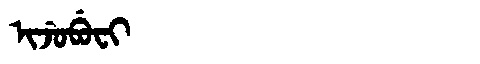
Manchu: ᡳᠵᡠᠪᡠᠸᡳ
Romanization: IJUBUFI